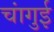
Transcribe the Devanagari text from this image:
चांगुई